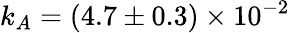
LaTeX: k_{A}=(4.7\pm 0.3)\times 10^{-2}